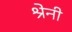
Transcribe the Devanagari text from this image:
श्रेनी